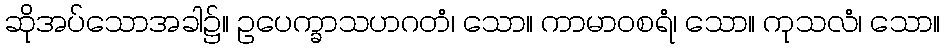
ဆိုအပ်သောအခါ၌။ ဥပေက္ခာသဟဂတံ၊ သော။ ကာမာဝစရံ၊ သော။ ကုသလံ၊ သော။